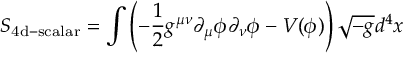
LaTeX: S _ { \mathrm { 4 d - s c a l a r } } = \int { \left( - { \frac { 1 } { 2 } } g ^ { \mu \nu } \partial _ { \mu } \phi \partial _ { \nu } \phi - V ( \phi ) \right) \sqrt { - g } d ^ { 4 } x }